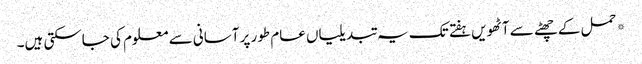
*حمل کے چھٹے سے آٹھویں ہفتے تک یہ تبدیلیاں عام طور پر آسانی سے معلوم کی جاسکتی ہیں۔